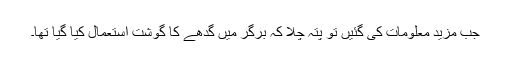
جب مزید معلومات کی گئیں تو پتہ چلا کہ برگر میں گدھے کا گوشت استعمال کیا گیا تھا۔